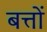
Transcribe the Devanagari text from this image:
बत्तों